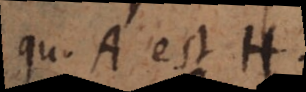
qu. A est H.